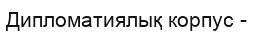
Дипломатиялық корпус -